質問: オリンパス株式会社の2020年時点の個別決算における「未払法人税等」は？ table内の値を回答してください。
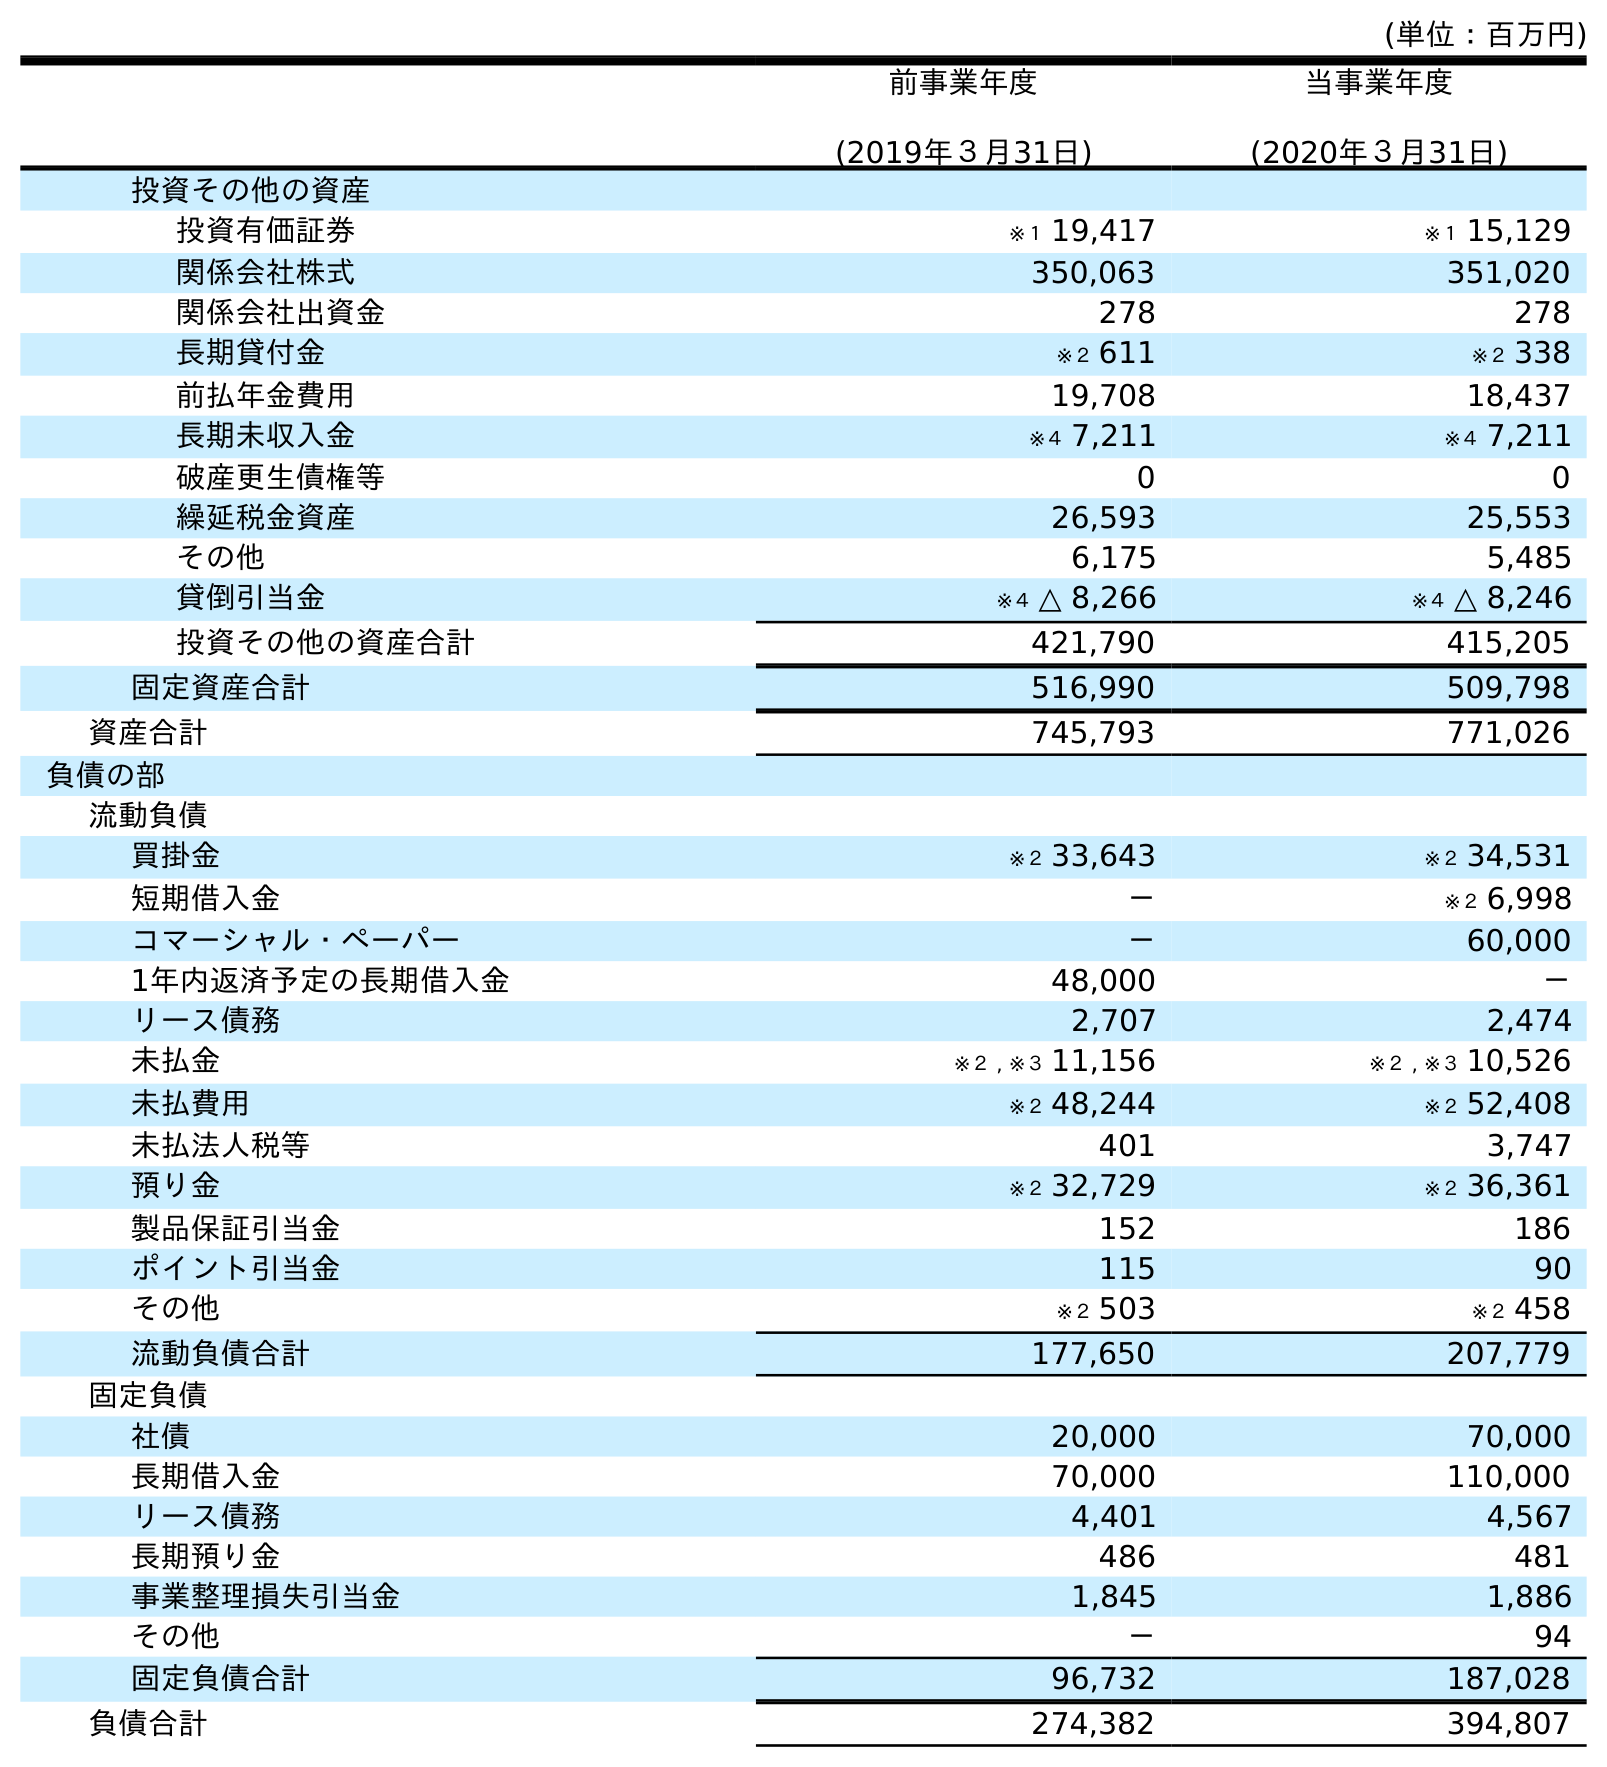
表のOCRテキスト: (単位：百万円) 前事業年度 (2019年３月31日) 当事業年度 (2020年３月31日) 投資その他の資産 投資有価証券 ※１ 19,417 ※１ 15,129 関係会社株式 350,063 351,020 関係会社出資金 278 278 長期貸付金 ※２ 611 ※２ 338 前払年金費用 19,708 18,437 長期未収入金 ※４ 7,211 ※４ 7,211 破産更生債権等 0 0 繰延税金資産 26,593 25,553 その他 6,175 5,485 貸倒引当金 ※４ △ 8,266 ※４ △ 8,246 投資その他の資産合計 421,790 415,205 固定資産合計 516,990 509,798 資産合計 745,793 771,026 負債の部 流動負債 買掛金 ※２ 33,643 ※２ 34,531 短期借入金 － ※２ 6,998 コマーシャル・ペーパー － 60,000 1年内返済予定の長期借入金 48,000 － リース債務 2,707 2,474 未払金 ※２ , ※３ 11,156 ※２ , ※３ 10,526 未払費用 ※２ 48,244 ※２ 52,408 未払法人税等 401 3,747 預り金 ※２ 32,729 ※２ 36,361 製品保証引当金 152 186 ポイント引当金 115 90 その他 ※２ 503 ※２ 458 流動負債合計 177,650 207,779 固定負債 社債 20,000 70,000 長期借入金 70,000 110,000 リース債務 4,401 4,567 長期預り金 486 481 事業整理損失引当金 1,845 1,886 その他 － 94 固定負債合計 96,732 187,028 負債合計 274,382 394,807
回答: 3,747